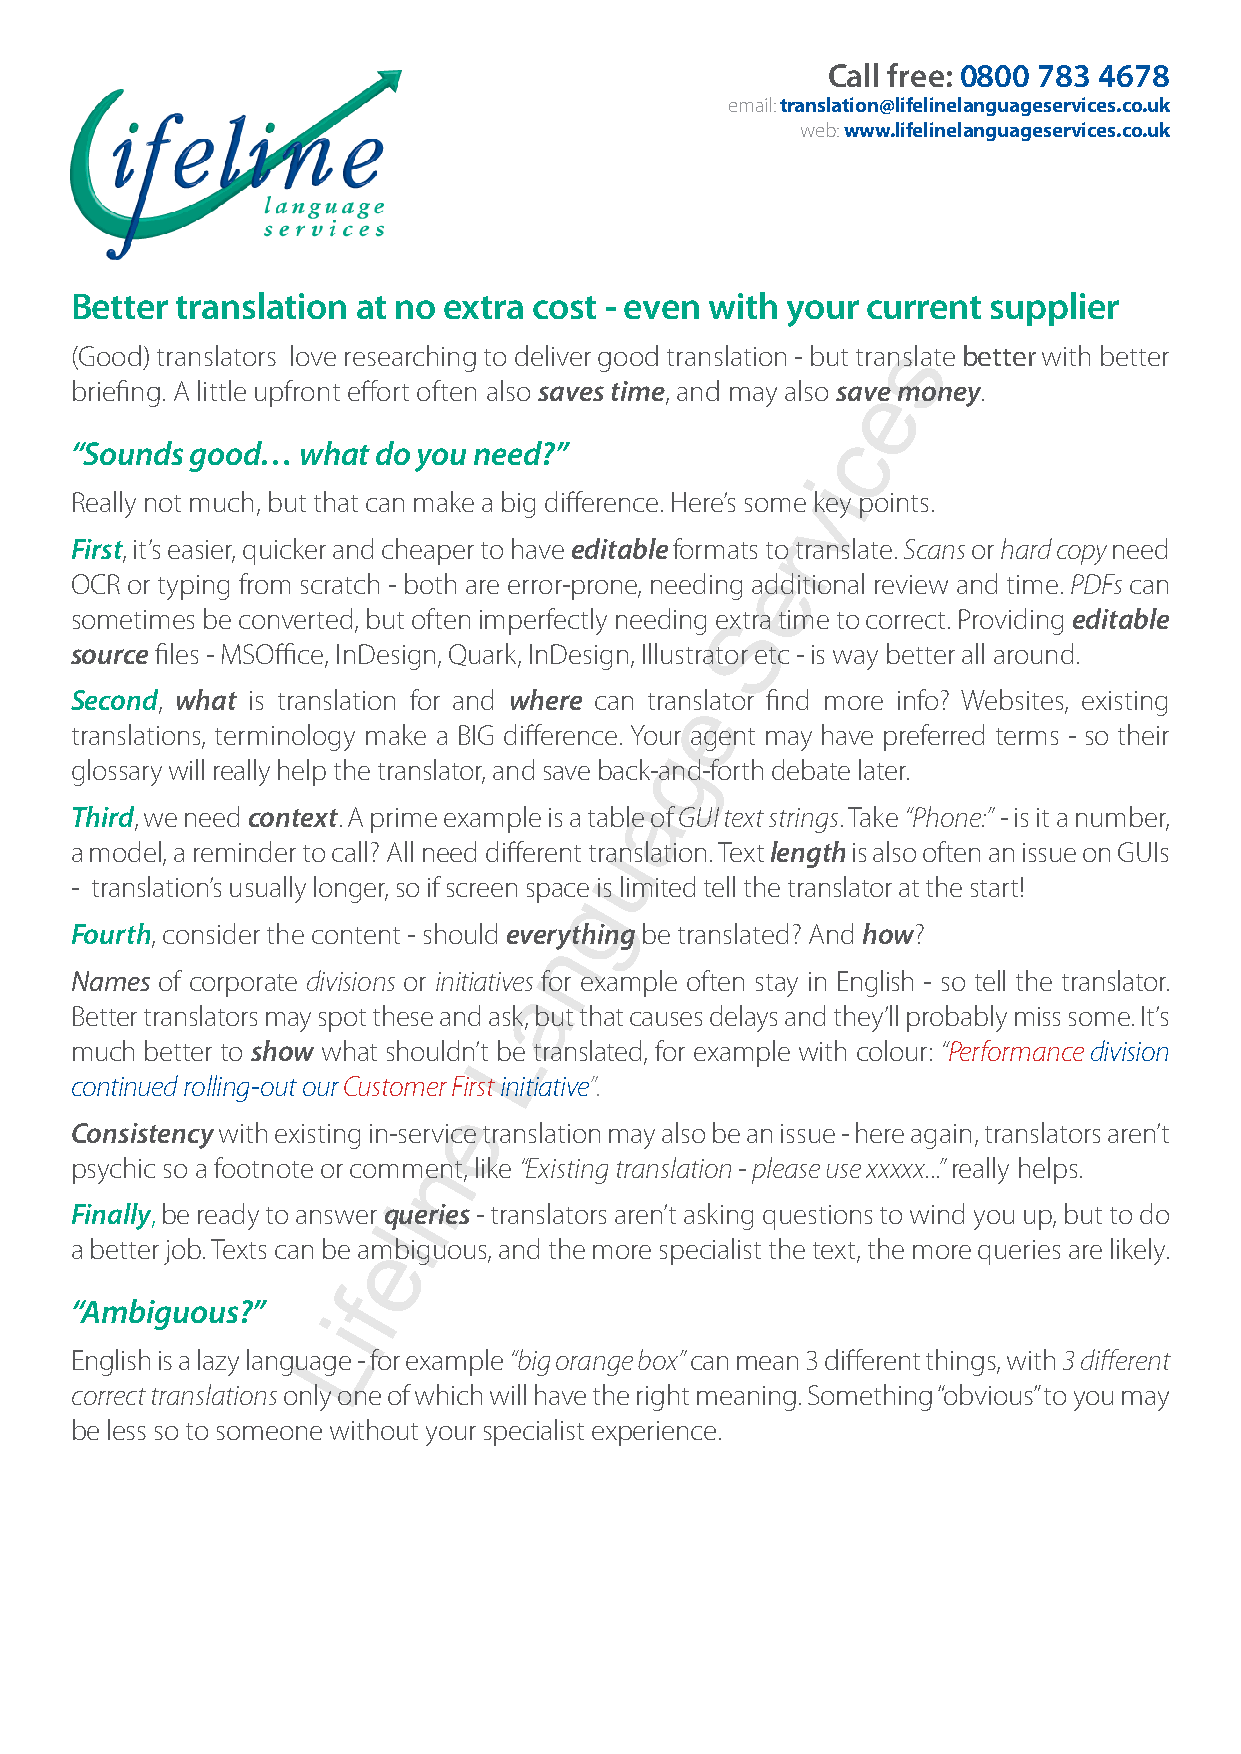
Call free: 0800 783 4678
 email: translation@lifelinelanguageservices.co.uk
 web: www.lifelinelanguageservices.co.uk
 Better translation at no extra cost - even with your current supplier
 s
 (Good) translators love researching to deliver good translation - but translate better with better
 briefing. A little upfront effort often also saves time, and may also saeve money.
 c
 “Sounds good…  what do you need?”
 i
 Really not much, but that can make a big difference. Here’s somve key points.
 First, it’s easier, quicker and cheaper to have editable formats tro translate. Scans or hard copy need
 e
 OCR or typing from scratch - both are error-prone, needing additional review and time. PDFs can
 sometimes be converted, but often imperfectly needing eSxtra time to correct. Providing editable
 source files - MSOffice, InDesign, Quark, InDesign, Illustrator etc - is way better all around.
 Second, what is translation for and where can traenslator find more info? Websites, existing
 translations, terminology make a BIG difference. Your agent may have preferred terms - so their
 g
 glossary will really help the translator, and save back-and-forth debate later.
 a
 Third, we need context. A prime example is a table of GUI text strings. Take “Phone:” - is it a number,
 a model, a reminder to call? All need different turanslation. Text length is also often an issue on GUIs
 - translation’s usually longer, so if screen space is limited tell the translator at the start!
 g
 Fourth, consider the content - should everything be translated? And how?
 n
 Names of corporate divisions or initiatives for example often stay in English - so tell the translator.
 a
 Better translators may spot these and ask, but that causes delays and they’ll probably miss some. It’s
 L
 much better to show what shouldn’t be translated, for example with colour: “Performance division
 continued rolling-out our Customer F irst initiative”.
 e
 Consistency with existing in-service translation may also be an issue - here again, translators aren’t
 n
 psychic so a footnote or comment, like “Existing translation - please use xxxxx...” really helps.
 i
 Finally, be ready to answer queries - translators aren’t asking questions to wind you up, but to do
 l
 a better job. Texts can be aembiguous, and the more specialist the text, the more queries are likely.
 f
 “Ambiguous?”
 i
 L
 English is a lazy language - for example “big orange box” can mean 3 different things, with 3 different
 correct translations only one of which will have the right meaning. Something “obvious” to you may
 be less so to someone without your specialist experience.